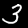
Digit: 3